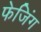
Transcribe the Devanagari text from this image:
फेजिंग